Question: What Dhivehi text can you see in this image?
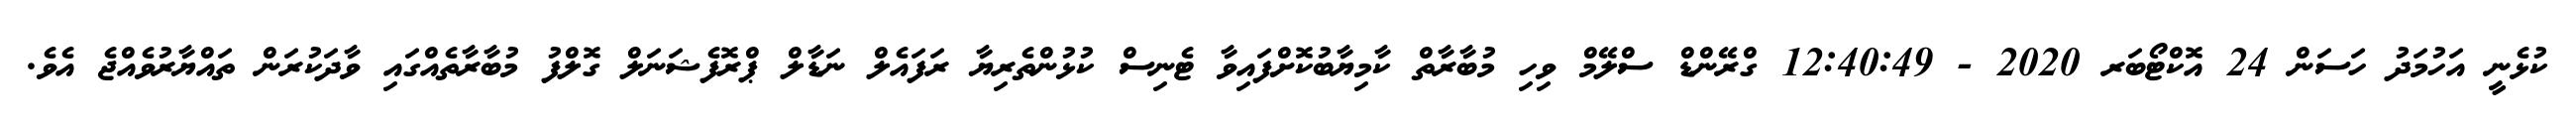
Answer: ކުޅެނީ އަހުމަދު ހަސަން 24 އޮކްޓޯބަރ 2020 - 12:40:49 ގްރޭންޑް ސްލޭމް ވިހި މުބާރާތް ކާމިޔާބުކޮށްފައިވާ ޓެނިސް ކުޅުންތެރިޔާ ރަފައެލް ނަޑާލް ޕްރޮފެޝަނަލް ގޮލްފު މުބާރާތެއްގައި ވާދަކުރަން ތައްޔާރުވެއްޖެ އެވެ.